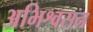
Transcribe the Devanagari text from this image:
अभिश्वसन